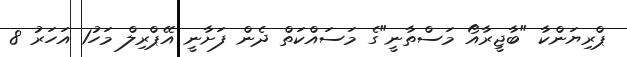
ޕްރިޔަންކާ "ބާޖީރާއޯ މަސްތާނީ"ގެ މަސައްކަތް ދެން ފަށާނީ އޭޕްރިލް މަހު1 އަހަރު 8